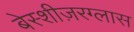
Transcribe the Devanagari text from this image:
बेस्शीज़रग्लास